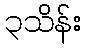
၃သိန်း